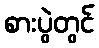
စားပွဲတွင်